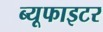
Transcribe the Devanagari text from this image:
ब्यूफाइटर